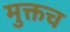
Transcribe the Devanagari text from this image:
मुक्तच